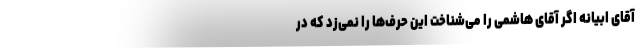
آقای ابیانه اگر آقای هاشمی را می‌شناخت این حرف‌ها را نمی‌زد که در